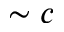
\sim c